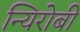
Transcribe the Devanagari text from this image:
न्यिरोबी